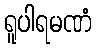
ရူပါရမဏံ